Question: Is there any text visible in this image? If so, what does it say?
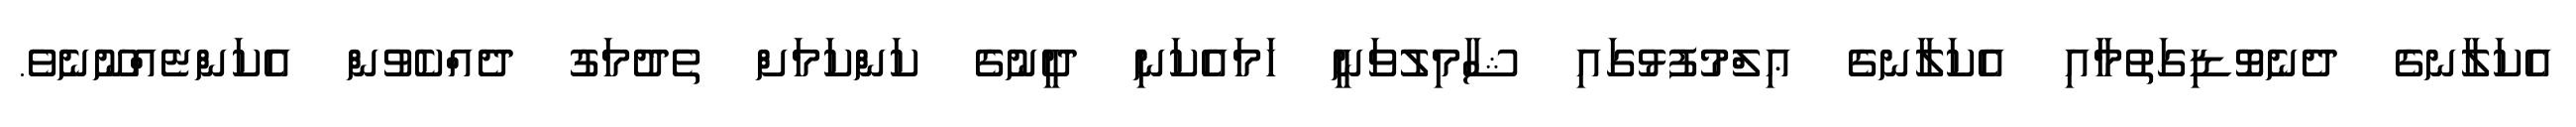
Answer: އެކަލާނގެ ދެނެވޮޑިގަތުމާއި އެކަލާނގެ ޢިލްމުފުޅުގައި ޝާމިލުވަނީ ހަމައެކަނި ދީނުގެ ކަންކަމަށް ތެދުމަގު ދެއްކެވުން އެކަންޏެއްނޫނެވެ.